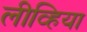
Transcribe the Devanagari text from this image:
लीव्हिया